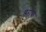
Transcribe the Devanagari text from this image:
डरावा